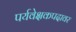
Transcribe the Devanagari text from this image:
पर्यवेक्षकपदावर